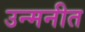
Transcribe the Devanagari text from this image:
उन्मनीत